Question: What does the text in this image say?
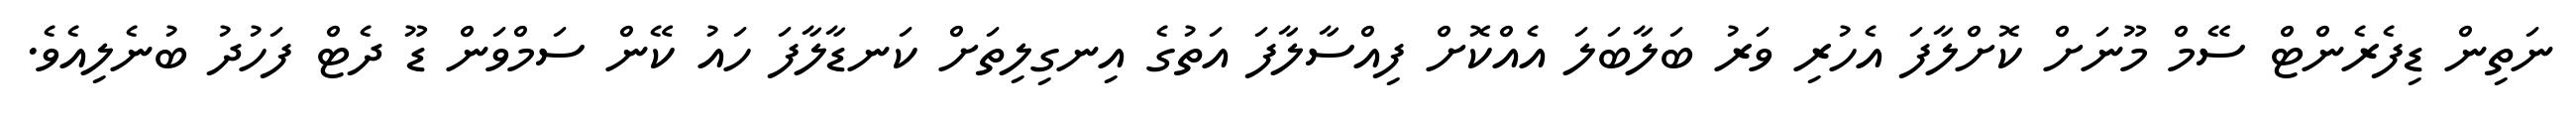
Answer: ނަތިން ޑިފެރެންޓް ސޭމް މޫނަށް ކޮށްލާފަ އެހުރި ވަރު ބަލާބަލަ އެއްކޮށް ފިއްސާލާފަ އަތުގެ އިނގިލިތަށް ކަނޑާލާފަ ހައު ކޭން ސަމްވަން ޑޫ ދެޓް ފަހުދު ބުނެލިއެވެ.